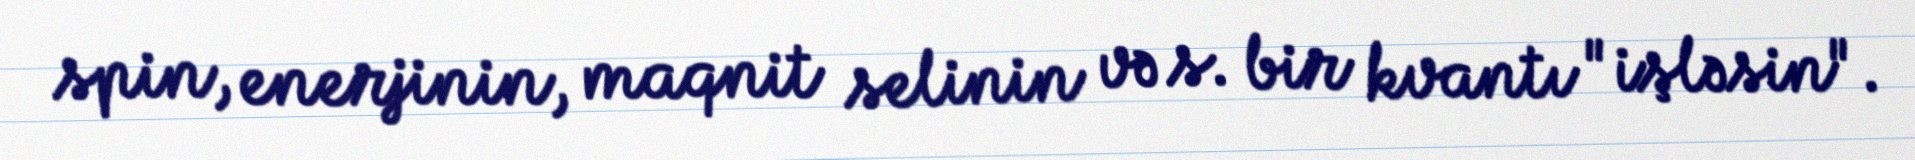
spin, enerjinin, maqnit selinin və s. bir kvantı "işləsin".